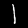
Label: 1